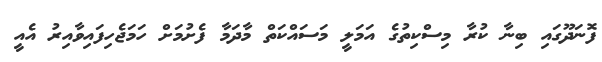
ފޮނަދޫގައި ބިނާ ކުރާ މިސްކިތުގެ އަމަލީ މަސައްކަތް މާދަމާ ފެށުމަށް ހަމަޖެހިފައިވާއިރު އެއީ